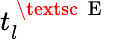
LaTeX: t_{l}^{\mathrm{~\textsc~{~E~}~}}